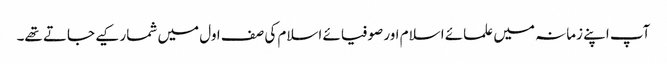
آپ اپنے زمانہ میں علمائے اسلام اور صوفیائے اسلام کی صف اول میں شمار کیے جاتے تھے۔